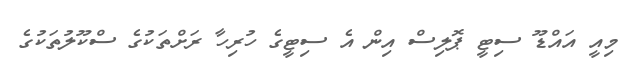
މިއީ އައްޑޫ ސިޓީ ޕޮލިސް އިން އެ ސިޓީގެ ހުރިހާ ރަށްތަކުގެ ސްކޫލުތަކުގެ